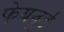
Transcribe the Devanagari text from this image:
फेयनूर्ड